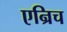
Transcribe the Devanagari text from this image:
एन्रिच